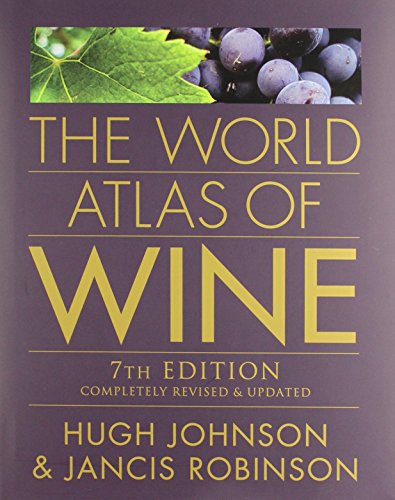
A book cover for The World Atlas of Wine, 7th Edition; Hugh Johnson; Cookbooks, Food & Wine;